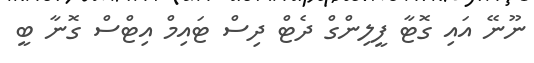
ނޫނޭ އައި ގޮޓާ ފީލިންގް ދެޓް ދިސް ޓައިމް އިޓްސް ގޮނާ ބީ